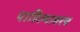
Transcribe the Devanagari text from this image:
पाहिल्यावरच